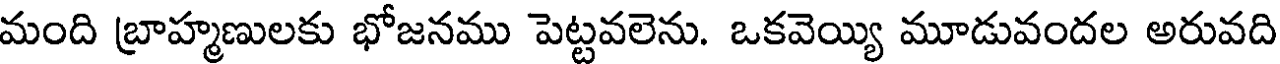
మంది బ్రాహ్మణులకు భోజనము పెట్టవలెను. ఒకవెయ్యి మూడువందల అరువది